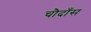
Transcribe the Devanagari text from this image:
चौदाँस